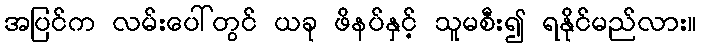
အပြင်က လမ်းပေါ်တွင် ယခု ဖိနပ်နှင့် သူမစီး၍ ရနိုင်မည်လား။